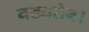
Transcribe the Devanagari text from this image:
नख्यसेन।